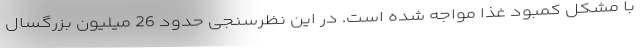
با مشکل کمبود غذا مواجه شده است. در این نظرسنجی حدود 26 میلیون بزرگسال